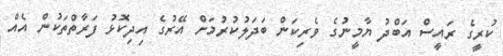
ކުރީގެ ރައީސް އަބްދު ޔާމީނުގެ ވެރިކަން ބަދަލުކުރުމަށް އޭރުގެ އިދިކޮޅު ފަރާތްތަކުން އެއް